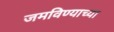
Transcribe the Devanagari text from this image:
जमविण्याच्या